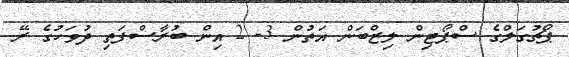
ޕޯޗުގަލްގެ ސްޕޯޓިން ލިޒްބަން އަތުން 3- 2 އިން ބުރާސްފަތި ދުވަހުގެ ރޭ